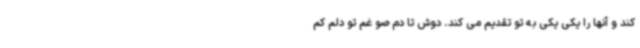
کند و آنها را یکی یکی به تو تقدیم می کند. دوش تا دم صو غم تو دلم کم